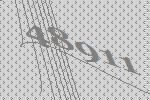
48911